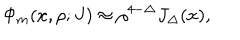
LaTeX: { \Phi _ { m } ( x , \rho ; J ) \approx \rho ^ { 4 - \Delta } J _ { \Delta } ( x ) , }